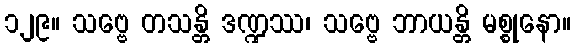
၁၂၉။ သဗ္ဗေ တသန္တိ ဒဏ္ဍဿ၊ သဗ္ဗေ ဘာယန္တိ မစ္စုနော။